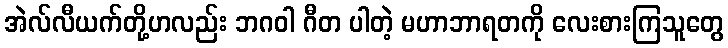
အဲလ်လီယက်တို့ဟလည်း ဘဂဝါ ဂီတ ပါတဲ့ မဟာဘာရတကို လေးစားကြသူတွေ